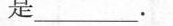
是______。